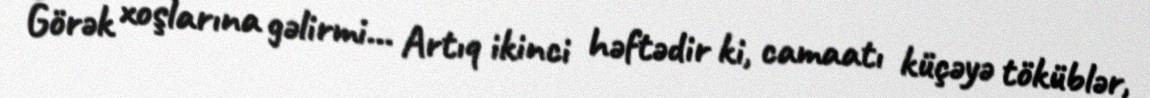
Görək xoşlarına gəlirmi... Artıq ikinci həftədir ki, camaatı küçəyə töküblər,